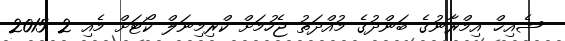
ޝެއިޚް އިމްރާނުގެ ބަންދުގެ މުއްދަތު ޖެހުމަށް ކްރިމިނަލް ކޯޓަށް މެއި 2 2015